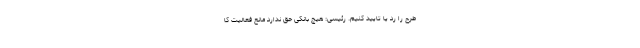
طرح را رد یا تایید کنیم. رئیسی: هیچ بانکی حق ندارد مانع فعالیت کا